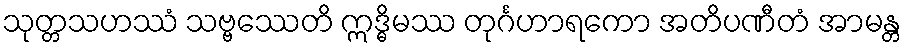
သုတ္တသဟဿံ သဗ္ဗဿေတိ ဣဒ္ဓိမဿ တုင်္ဂဟာရကော အတိပဏီတံ အာမန္တ